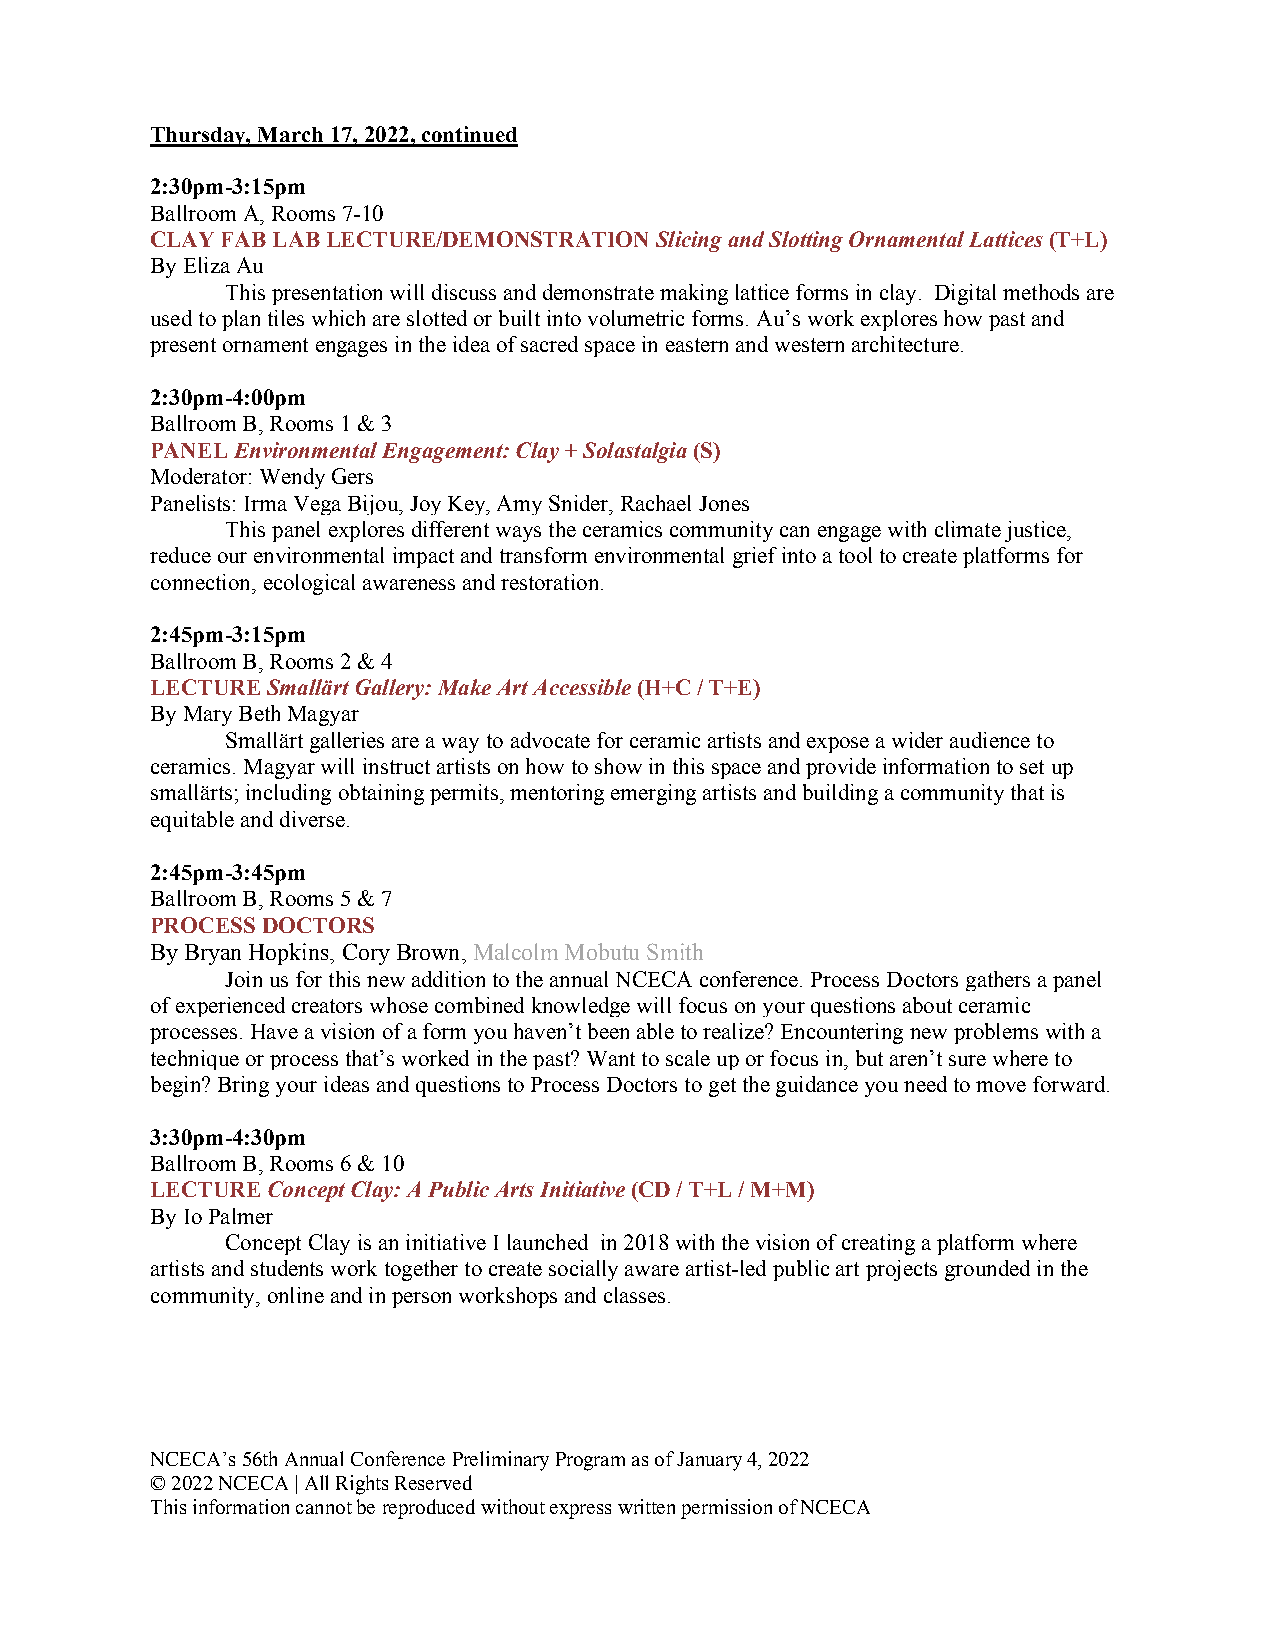
Thursday, March 17, 2022, continued
 2:30pm-3:15pm
 Ballroom A, Rooms 7-10
 CLAY FAB LAB LECTURE/DEMONSTRATION Slicing and Slotting Ornamental Lattices (T+L)
 By Eliza Au
 This presentation will discuss and demonstrate making lattice forms in clay. Digital methods are
 used to plan tiles which are slotted or built into volumetric forms. Au’s work explores how past and
 present ornament engages in the idea of sacred space in eastern and western architecture.
 2:30pm-4:00pm
 Ballroom B, Rooms 1 & 3
 PANEL Environmental Engagement: Clay + Solastalgia (S)
 Moderator: Wendy Gers
 Panelists: Irma Vega Bijou, Joy Key, Amy Snider, Rachael Jones
 This panel explores different ways the ceramics community can engage with climate justice,
 reduce our environmental impact and transform environmental grief into a tool to create platforms for
 connection, ecological awareness and restoration.
 2:45pm-3:15pm
 Ballroom B, Rooms 2 & 4
 LECTURE Smallärt Gallery: Make Art Accessible (H+C / T+E)
 By Mary Beth Magyar
 Smallärt galleries are a way to advocate for ceramic artists and expose a wider audience to
 ceramics. Magyar will instruct artists on how to show in this space and provide information to set up
 smallärts; including obtaining permits, mentoring emerging artists and building a community that is
 equitable and diverse.
 2:45pm-3:45pm
 Ballroom B, Rooms 5 & 7
 PROCESS DOCTORS
 By Bryan Hopkins, Cory Brown, Malcolm Mobutu Smith
 Join us for this new addition to the annual NCECA conference. Process Doctors gathers a panel
 of experienced creators whose combined knowledge will focus on your questions about ceramic
 processes. Have a vision of a form you haven’t been able to realize? Encountering new problems with a
 technique or process that’s worked in the past? Want to scale up or focus in, but aren’t sure where to
 begin? Bring your ideas and questions to Process Doctors to get the guidance you need to move forward.
 3:30pm-4:30pm
 Ballroom B, Rooms 6 & 10
 LECTURE Concept Clay: A Public Arts Initiative (CD / T+L / M+M)
 By Io Palmer
 Concept Clay is an initiative I launched in 2018 with the vision of creating a platform where
 artists and students work together to create socially aware artist-led public art projects grounded in the
 community, online and in person workshops and classes.
 NCECA’s 56th Annual Conference Preliminary Program as of January 4, 2022
 © 2022 NCECA | All Rights Reserved
 This information cannot be reproduced without express written permission of NCECA